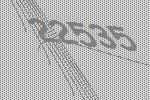
22535